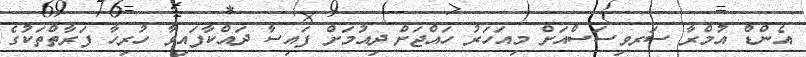
އެންޑް އުމްރާ ސަރވިސަސްއަށް މިއަހަރު ހައްޖަށް ދިއުމަށް ފައިސާ ދައްކާފައިވާ ހުރިހާ ފަރާތްތަކުގެ